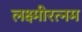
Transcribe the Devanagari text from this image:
लक्ष्मीरत्नम